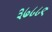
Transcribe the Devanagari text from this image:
३७८८९